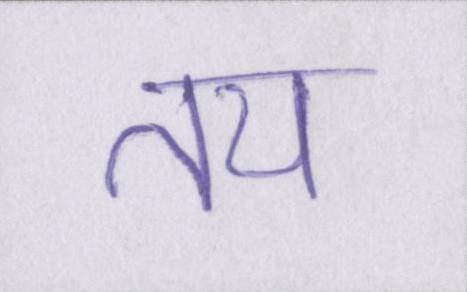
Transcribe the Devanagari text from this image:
तय